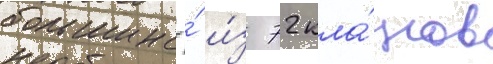
большинство́ и́з 72 кла́нов